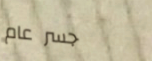
جسر عام